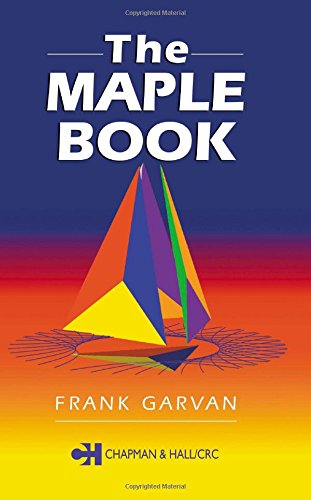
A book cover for The Maple Book; Frank Garvan; Science & Math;